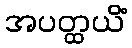
အပတ္ထယိံ